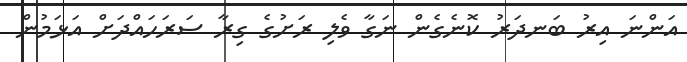
އަންނަ އިރު ބަނދަރު ކޮނެގެން ނަގާ ވެލި ރަށުގެ ގިރާ ސަރަހައްދަށް އަޅަމުން